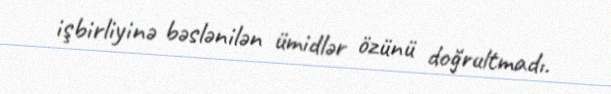
işbirliyinə bəslənilən ümidlər özünü doğrultmadı.